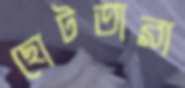
ছোটতারা